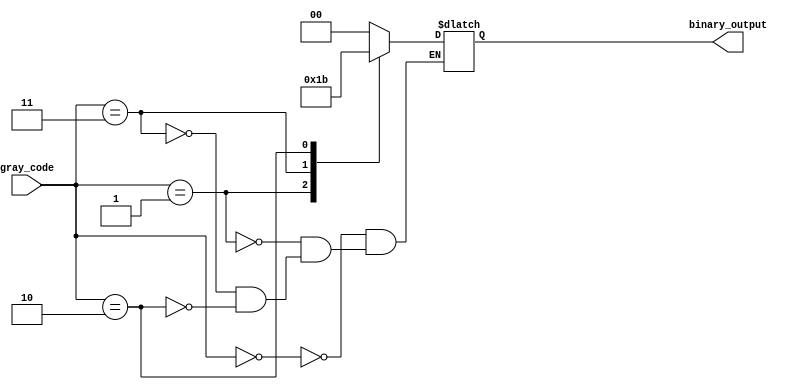
module gray_priority_encoder (
  input [3:0] gray_code,
  output reg [1:0] binary_output
);

always @ (*) begin
  case(gray_code)
    4'b0000: binary_output = 2'b00;
    4'b0001: binary_output = 2'b01;
    4'b0011: binary_output = 2'b10;
    4'b0010: binary_output = 2'b11;
  endcase
end

endmodule